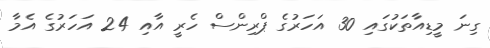
ގިނަ މީޑިއާތަކުގައި 30 އަހަރުގެ ޕްރިންސް ހެރީ އާއި 24 އަހަރުގެ އެމާ